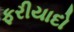
ફરીયાદો